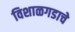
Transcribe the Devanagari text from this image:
विशाळगडाचे